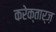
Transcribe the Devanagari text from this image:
करेक्तार्ज़